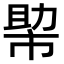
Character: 𢄂